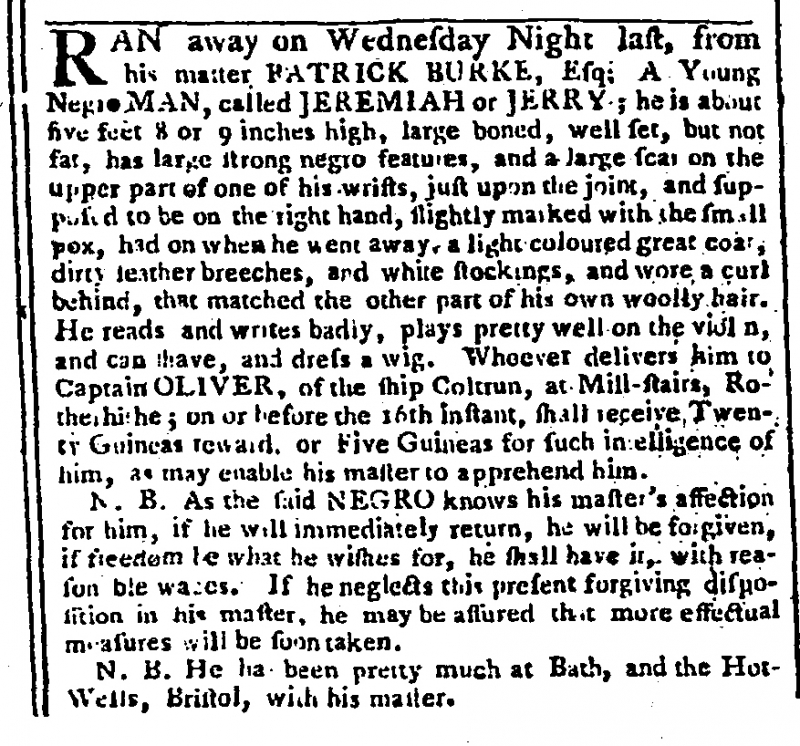
Gazetteer and New Daily Advertiser, 10 March 1769 (England)
RAN away on Wednesday Night last, from his master PATRICK BURKE, Esq; A Young Negro MAN, called JEREMIAH or JERRY; he is about five feet 8 or 9 inches high, large boned, well set, but not fat, has large strong negro features, and a large scar on the upper part of one of his wrists, just upon the joint, and supposed to be on the right hand, slightly marked with the small pox, had on when he went away, a light coloured great coat, dirty leather breeches, and white stockings, and wore a curl behind, that matched the other part of his own woolly hair. He reads and writes badly, plays pretty well on the violin, and can shave, and dress a wig. Whoever delivers him to Captain OLIVER, of the ship Coltrun, at Mill-stairs, Rotherhithe; on or before the 16th instant, shall receive Twenty Guineas reward, or Five Guineas for such intelligence of him, as may enable his master to apprehend him.   N.B. As the said NEGRO knows his master’s affection for him, if he will immediately return, he will be forgiven, if freedom is what he wishes for, he shall have it, with reasonable wages. If he neglects this present forgiving disposition in his master, he may be assured that more effectual measures will be soon taken.   N.B. He has been pretty much at Bath, and the Hot-Wells, Bristol, with his master.